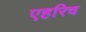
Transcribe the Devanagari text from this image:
एहरिच